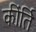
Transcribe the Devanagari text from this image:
कींर्ति